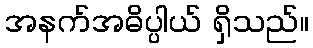
အနက်အဓိပ္ပါယ် ရှိသည်။